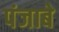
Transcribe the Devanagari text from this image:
पंजाबे